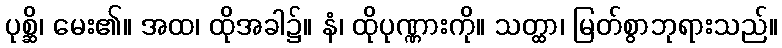
ပုစ္ဆိ၊ မေး၏။ အထ၊ ထိုအခါ၌။ နံ၊ ထိုပုဏ္ဏားကို။ သတ္ထာ၊ မြတ်စွာဘုရားသည်။